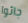
جائوا